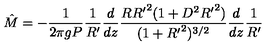
{ \hat { M } } = - \frac { 1 } { 2 \pi g P } \frac { 1 } { R ^ { \prime } } \frac { d } { d z } \frac { R { R ^ { \prime } } ^ { 2 } ( 1 + D ^ { 2 } { R ^ { \prime } } ^ { 2 } ) } { ( 1 + { R ^ { \prime } } ^ { 2 } ) ^ { 3 / 2 } } \frac { d } { d z } \frac { 1 } { R ^ { \prime } }